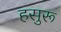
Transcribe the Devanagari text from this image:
हसुरू